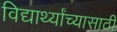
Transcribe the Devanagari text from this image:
विद्यार्थ्यांच्यासाठी